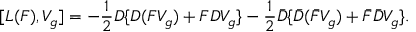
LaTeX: [ L ( F ) , V _ { g } ] = - \frac { 1 } { 2 } D \{ D ( F V _ { g } ) + F D V _ { g } \} - \frac { 1 } { 2 } \bar { D } \{ \bar { D } ( \bar { F } V _ { g } ) + \bar { F } \bar { D } V _ { g } \} .